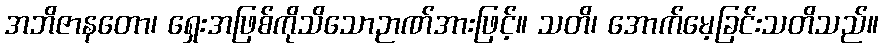
အဘိဇာနတော၊ ရှေးအဖြစ်ကိုသိသောဉာဏ်အားဖြင့်။ သတိ၊ အောက်မေ့ခြင်းသတိသည်။